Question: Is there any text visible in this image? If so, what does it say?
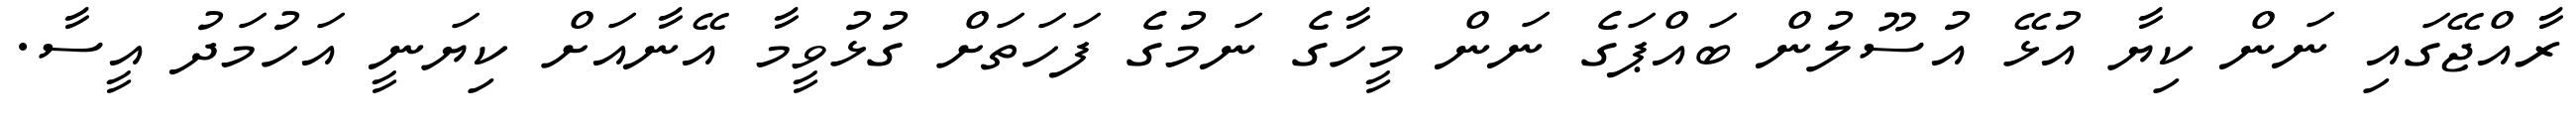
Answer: ރާއްޖޭގައި ނަން ކިޔާ އުޅޭ އުސޫލުން ބައްޕަގެ ނަން މީހާގެ ނަމުގެ ފަހަތަށް ގުޅުވީމާ އޭނާއަށް ކިޔަނީ އަހުމަދު އީސާ.